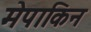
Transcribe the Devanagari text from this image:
मेपाकिन